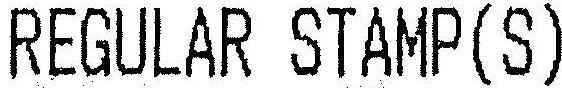
REGULAR STAMP(S)